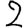
Digit: 2